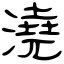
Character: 澆